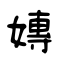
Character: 嫥